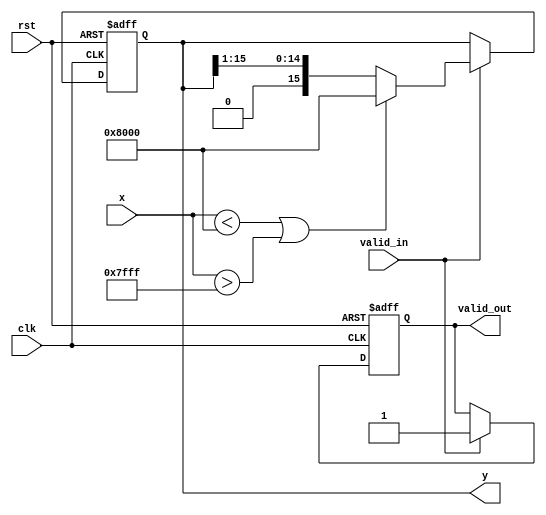
module atanh(
    input wire [15:0] x,  // Fixed-point input, where x is in range (-1, 1)
    output reg [15:0] y,   // Fixed-point output of atanh(x)
    input wire clk,
    input wire rst,
    input wire valid_in,    // Signal to indicate valid input
    output reg valid_out    // Signal to indicate valid output
);
    parameter FIXED_POINT_FRACTIONAL_BITS = 14; // Number of fractional bits in fixed-point representation
    parameter MAX_VALUE = (1 << FIXED_POINT_FRACTIONAL_BITS) - 1; // Max value for 16-bit fixed-point

    reg [15:0] x_plus_one;
    reg [15:0] x_minus_one;
    reg [15:0] division_result;
    
    // Simple error response for invalid inputs
    always @(posedge clk or posedge rst) begin
        if (rst) begin
            y <= 16'b0;
            valid_out <= 0;
        end else if (valid_in) begin
            // Input validation - check x is in (-1, 1)
            if (x < 16'h8000 || x > 16'h7FFF) begin
                // Error condition: x is out of range
                y <= 16'h8000; // Look for a predefined error value
                valid_out <= 1;
            end else begin
                valid_out <= 0;
                // Compute 1 + x and 1 - x for logarithm argument
                x_plus_one <= 16'h8000 + x; // 0x8000 = 1 in fixed-point
                x_minus_one <= 16'h8000 - x; // 0x8000 = 1 in fixed-point

                // Perform division (1 + x) / (1 - x)
                if (x_minus_one != 16'b0) begin
                    division_result <= (x_plus_one << FIXED_POINT_FRACTIONAL_BITS) / x_minus_one; // Scaling for fixed-point
                end else begin
                    division_result <= 16'hFFFF; // Handle division by zero
                end
                
                // Compute logarithm - Placeholder
                y <= calculate_ln(division_result);
                y <= (y >> 1); // Scale by 1/2.
                valid_out <= 1; // output is now valid
            end
        end
    end

    // Placeholder for logarithm calculation
    function [15:0] calculate_ln;
        input [15:0] input_value;
        begin
            // Placeholder for an actual logarithm calculation (use LUT/CORDIC/etc.)
            // For simplification we will assume ln(1 + x) ~= x
            // In real design, this should be implemented accurately
            calculate_ln = input_value; // Replace this with actual approximation
        end
    endfunction
endmodule